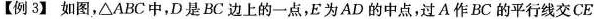
【例3】如图，\triangle ABC中，D是BC边上的一点，E为AD的中点，过A作BC的平行线交CE